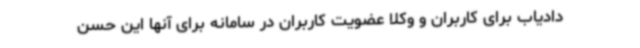
دادیاب برای کاربران و وکلا عضویت کاربران در سامانه برای آنها این حسن